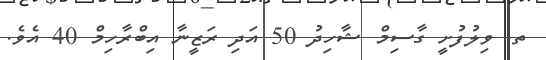
ތ. ވިލުފުށީ ގާސިމް ޝާހިދު 50 އަދި ރަޒީނާ އިބްރާހިމް 40 އެވެ.